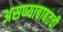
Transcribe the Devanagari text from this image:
असण्याबाबतची